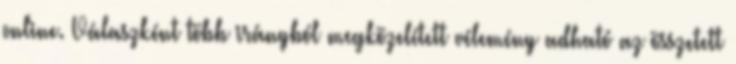
online. Válaszként több irányból megközelített vélemény adható az összetett